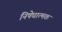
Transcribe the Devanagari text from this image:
निषेघात्मक